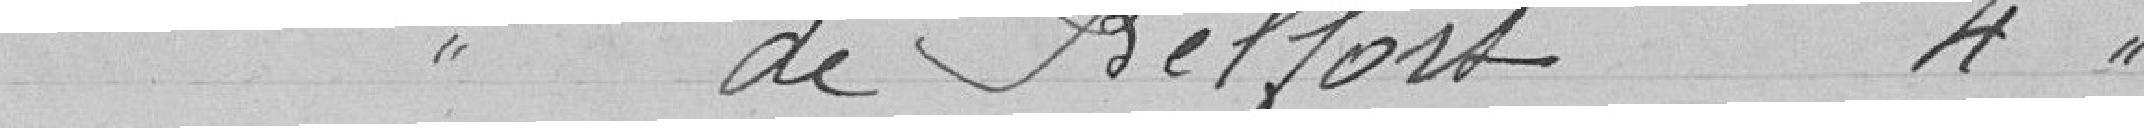
de Belfort 4